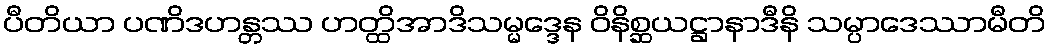
ပီတိယာ ပဏိဒဟန္တဿ ဟတ္ထိအာဒိသမ္မဒ္ဒေန ဝိနိစ္ဆယဋ္ဌာနာဒီနိ သမ္ပာဒေဿာမီတိ